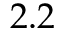
2 . 2